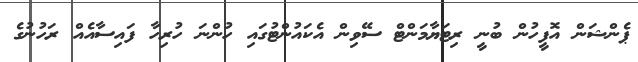
ޕެންޝަން އޮފީހުން ބުނީ ރިޓަޔާމަންޓް ސޭވިން އެކައުންޓުގައި ހުންނަ ހުރިހާ ފައިސާއެއް ރަހުނުގެ